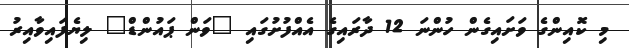
މި ކޮއިންގެ ވަށައިގެން ހުންނަ 12 ދާރައިގެ އެއްފުށުގައި "ވަން ޕައުންޑް" ލިޔެފައިވާއިރު